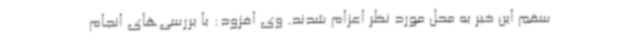
سقم این خبر به محل مورد نظر اعزام شدند. وی افزود: با بررسی‌های انجام